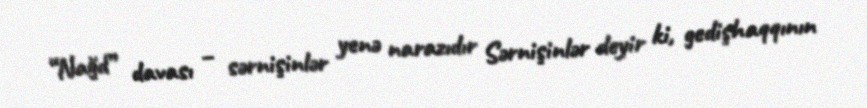
“Nağd” davası – sərnişinlər yenə narazıdır Sərnişinlər deyir ki, gedişhaqqının